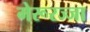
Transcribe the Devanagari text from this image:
मेरूरज्जा